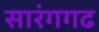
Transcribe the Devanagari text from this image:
सारंगगढ